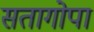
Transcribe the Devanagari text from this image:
सतागोपा